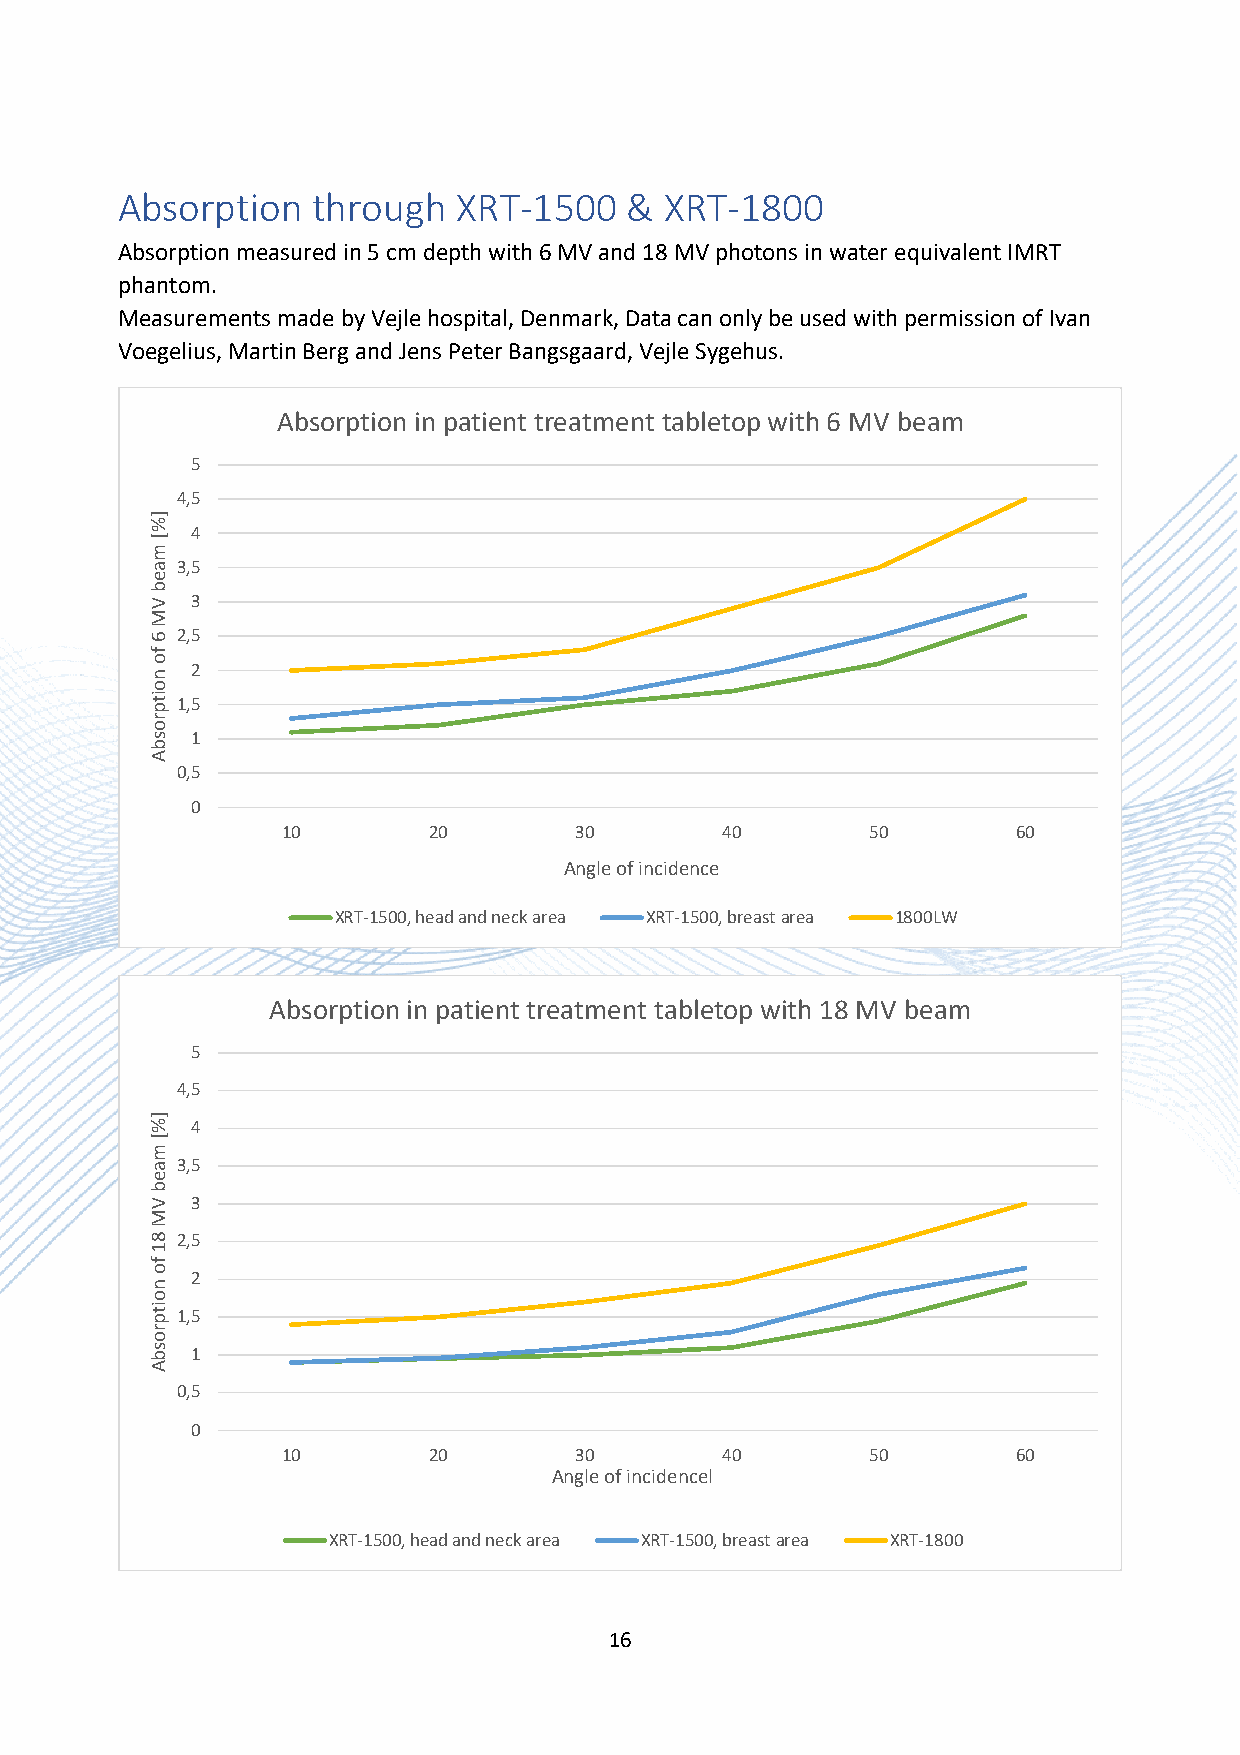
Absorption   through  XRT-1500   &  XRT-1800
 Absorption measured in 5 cm depth with 6 MV and 18 MV photons in water equivalent IMRT
 phantom.
 Measurements made by Vejle hospital, Denmark, Data can only be used with permission of Ivan
 Voegelius, Martin Berg and Jens Peter Bangsgaard, Vejle Sygehus.
 Absorption in patient treatment tabletop with 6 MV beam
 5
 4,5
 4
 3,5
 3
 2,5
 2
 1,5
 1
 0,5
 0
 10       20        30        40        50       60
 Angle of incidence
 XRT-1500, head and neck area XRT-1500, breast area 1800LW
 Absorption in patient treatment tabletop with 18 MV beam
 5
 4,5
 4
 3,5
 3
 2,5
 2
 1,5
 1
 0,5
 0
 10       20        30        40        50       60
 Angle of incidencel
 XRT-1500, head and neck area XRT-1500, breast area XRT-1800
 16
 ]%[
 maeb
 VM
 6
 fo
 noitprosbA
 ]%[
 maeb
 VM
 81
 fo
 noitprosbA